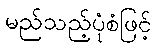
မည်သည့်ပုံစံဖြင့်